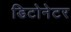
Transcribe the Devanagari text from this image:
डिटोनेटर